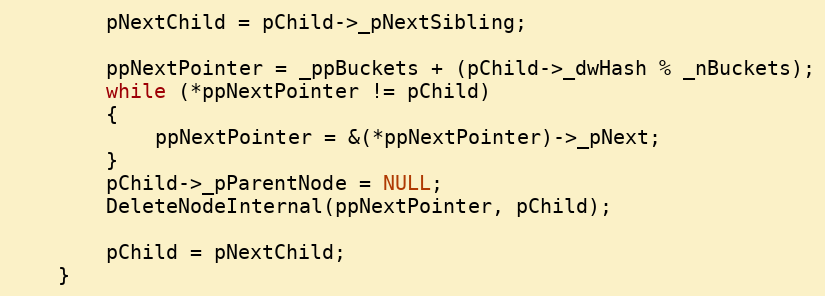
Language: C
        pNextChild = pChild->_pNextSibling;

        ppNextPointer = _ppBuckets + (pChild->_dwHash % _nBuckets);
        while (*ppNextPointer != pChild)
        {
            ppNextPointer = &(*ppNextPointer)->_pNext;
        }
        pChild->_pParentNode = NULL;
        DeleteNodeInternal(ppNextPointer, pChild);

        pChild = pNextChild;
    }